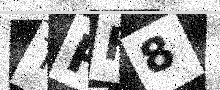
Text: TPH8